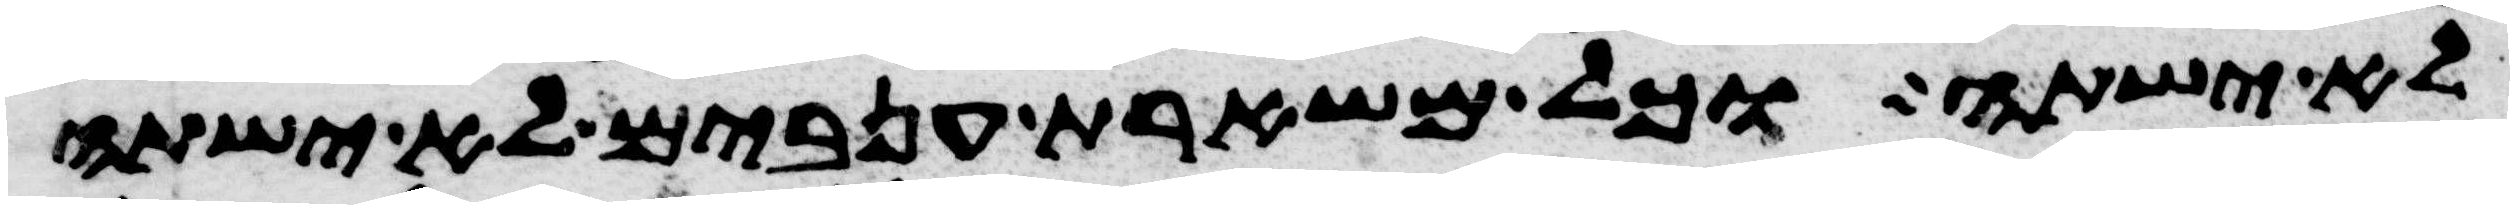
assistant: לא ישתה וכל משארת ענבים לא ישתה